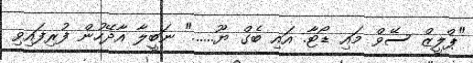
"ޕްލީޒް ސޭވް މައި ޑޯޓާ. އައި ބެގް ޔޫ......" ނަބީލާ އާދޭހުން ފުރިފައިވި